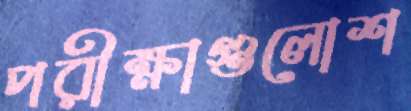
পরীক্ষাগুলোশ